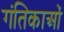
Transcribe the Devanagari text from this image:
गंतिकाओं